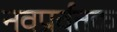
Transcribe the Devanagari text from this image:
नवप्रर्वतक